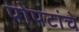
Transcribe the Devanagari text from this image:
पोपटांचे